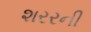
શરરની